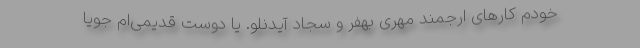
خودم کارهای ارجمند مهری بهفر و سجاد آیدنلو. یا دوست قدیمی‌ام جویا